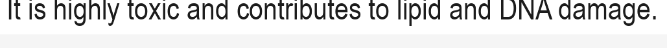
It is highly toxic and contributes to lipid and DNA damage.